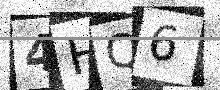
Text: 4HQ6